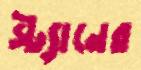
স্ট্যানের